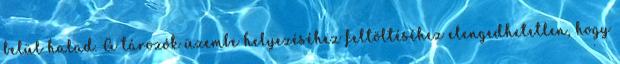
belül halad. A tározók üzembe helyezéséhez feltöltéséhez elengedhetetlen, hogy